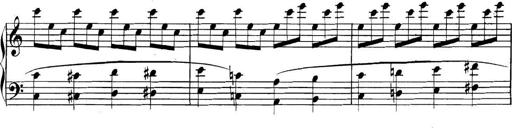
Title: Collected Piano Sonatas
Composer: Muzio Clementi